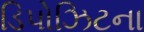
ડિપોઝિટના